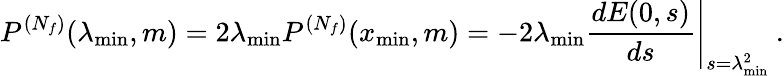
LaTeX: P^{(N_{f})}(\lambda_{\mathrm{min}},m)=2\lambda_{\mathrm{min}}P^{(N_{f})}(x_{\mathrm{min}},m)=-2\lambda_{\mathrm{min}}\left.\frac{dE(0,s)}{ds}\right|_{s=\lambda_{\mathrm{min}}^{2}}\: .